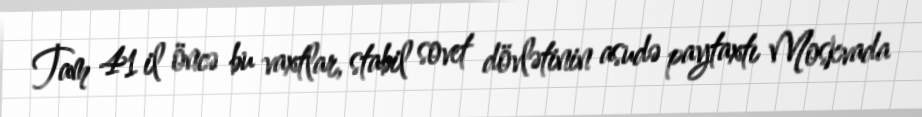
Tam 41 il öncə bu vaxtlar, stabil sovet dövlətinin asudə paytaxtı Moskvada